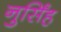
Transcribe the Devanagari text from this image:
नुर्सिंह